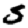
Digit: 5